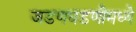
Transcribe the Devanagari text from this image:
जडणघडणीमध्ये